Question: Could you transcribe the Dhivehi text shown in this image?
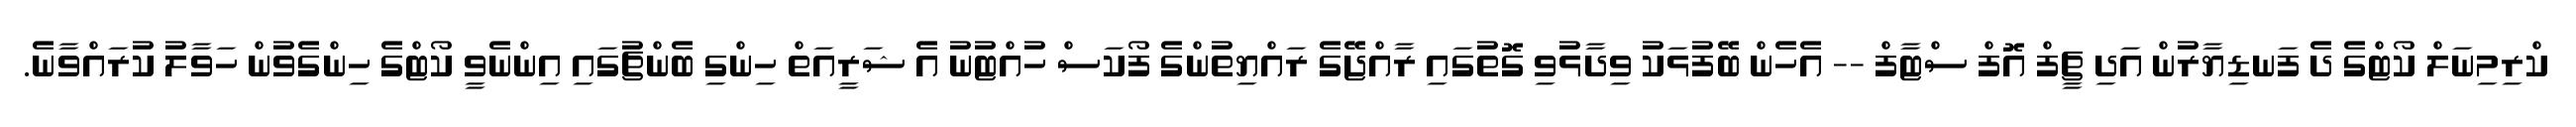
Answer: ކްރިމިނަލް ކޯޓްގެ ދެ ފަނޑިޔާރުން އަދި ޗީފް އޮފް ސްޓާފް -- އެހެން ބޭފުޅަކު ވިދާޅުވި ގޮތުގައި ރާއްޖޭގެ ރައްޔިތުންގެ ފޯކަސް ހުއްޓުނު އެ ޝަރީއަތް ހިންގި ބެންޗުގައި އިންނެވީ ކޯޓްގެ ހިންގެވުން ހަވާލު ކުރައްވާނެ.